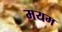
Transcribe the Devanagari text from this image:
मयम